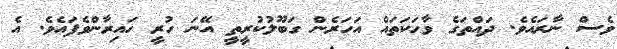
ވެސް ނާރައެވެ. ދައްތަގެ ވާހަކަތައް އަހަރެން ގަބޫލުކުރީތީ އޭނަ ހުރީ ހައިރާންވެފައެވެ. އެ